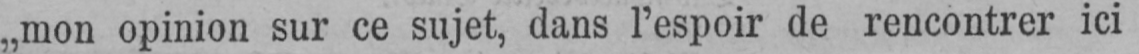
„mon opinion sur ce sujet, dans l’espoir de rencontrer ici